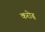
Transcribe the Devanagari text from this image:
करोढ़